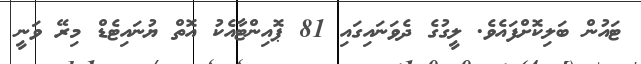
ޓައުން ބަލިކޮށްފައެވެ. ލީގުގެ ދެވަނައިގައި 81 ޕޮއިންޓާއެކު އޮތް ޔުނައިޓެޑް މިރޭ ވަނީ